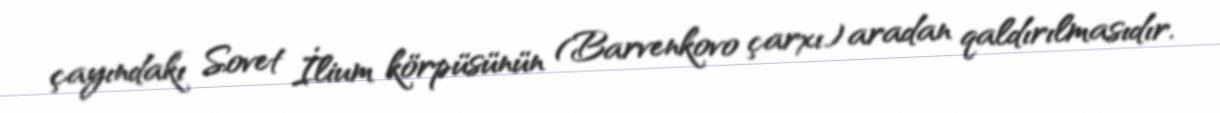
çayındakı Sovet İlium körpüsünün (Barvenkovo çarxı) aradan qaldırılmasıdır.